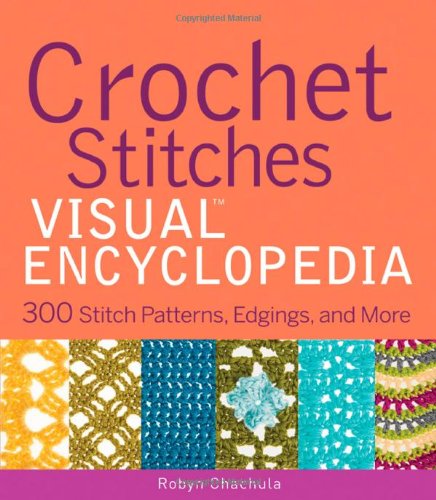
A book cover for Crochet Stitches VISUAL Encyclopedia; Robyn Chachula; Reference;